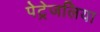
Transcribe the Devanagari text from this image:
पेट्रेजलिया